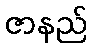
ဇာနည်